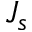
J _ { s }